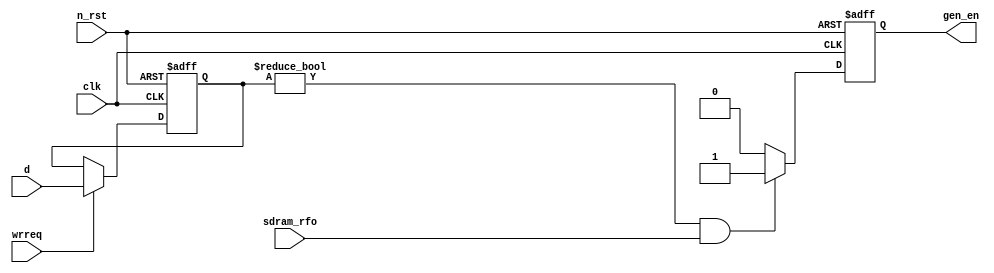
module s_gen_controller (
	input clk,
	input n_rst,
	input wrreq,
	input sdram_rfo,
	input [7:0] d,
	output reg gen_en
);

parameter OFF = 0,
			 ON  = 1;

reg [7:0] INPUT_REG;

always@(posedge clk or negedge n_rst)
begin
	if(n_rst == 0)
		begin
			INPUT_REG = 0;
		end
	else if(wrreq == ON)
		begin
			INPUT_REG = d;
		end
end

always@(posedge clk or negedge n_rst)
begin
	if(n_rst == 0)
		begin
			gen_en = OFF;
		end
	else if((INPUT_REG != 0) && (sdram_rfo == ON))
		begin
			gen_en = ON;
		end
	else
		begin
			gen_en = OFF;
		end
end

endmodule